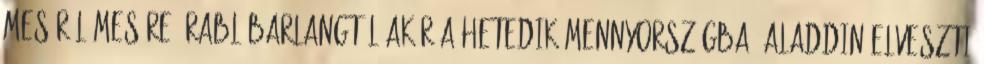
meséről mesére, rablóbarlangtól akár a Hetedik Mennyországba. Aladdin elveszti